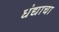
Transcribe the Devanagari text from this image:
धंद्याचा